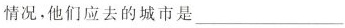
情况。他们应去的城市是___